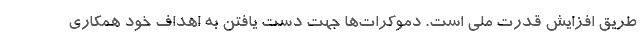
طریق افزایش قدرت ملی است. دموکرات­ها جهت دست یافتن به اهداف خود همکاری